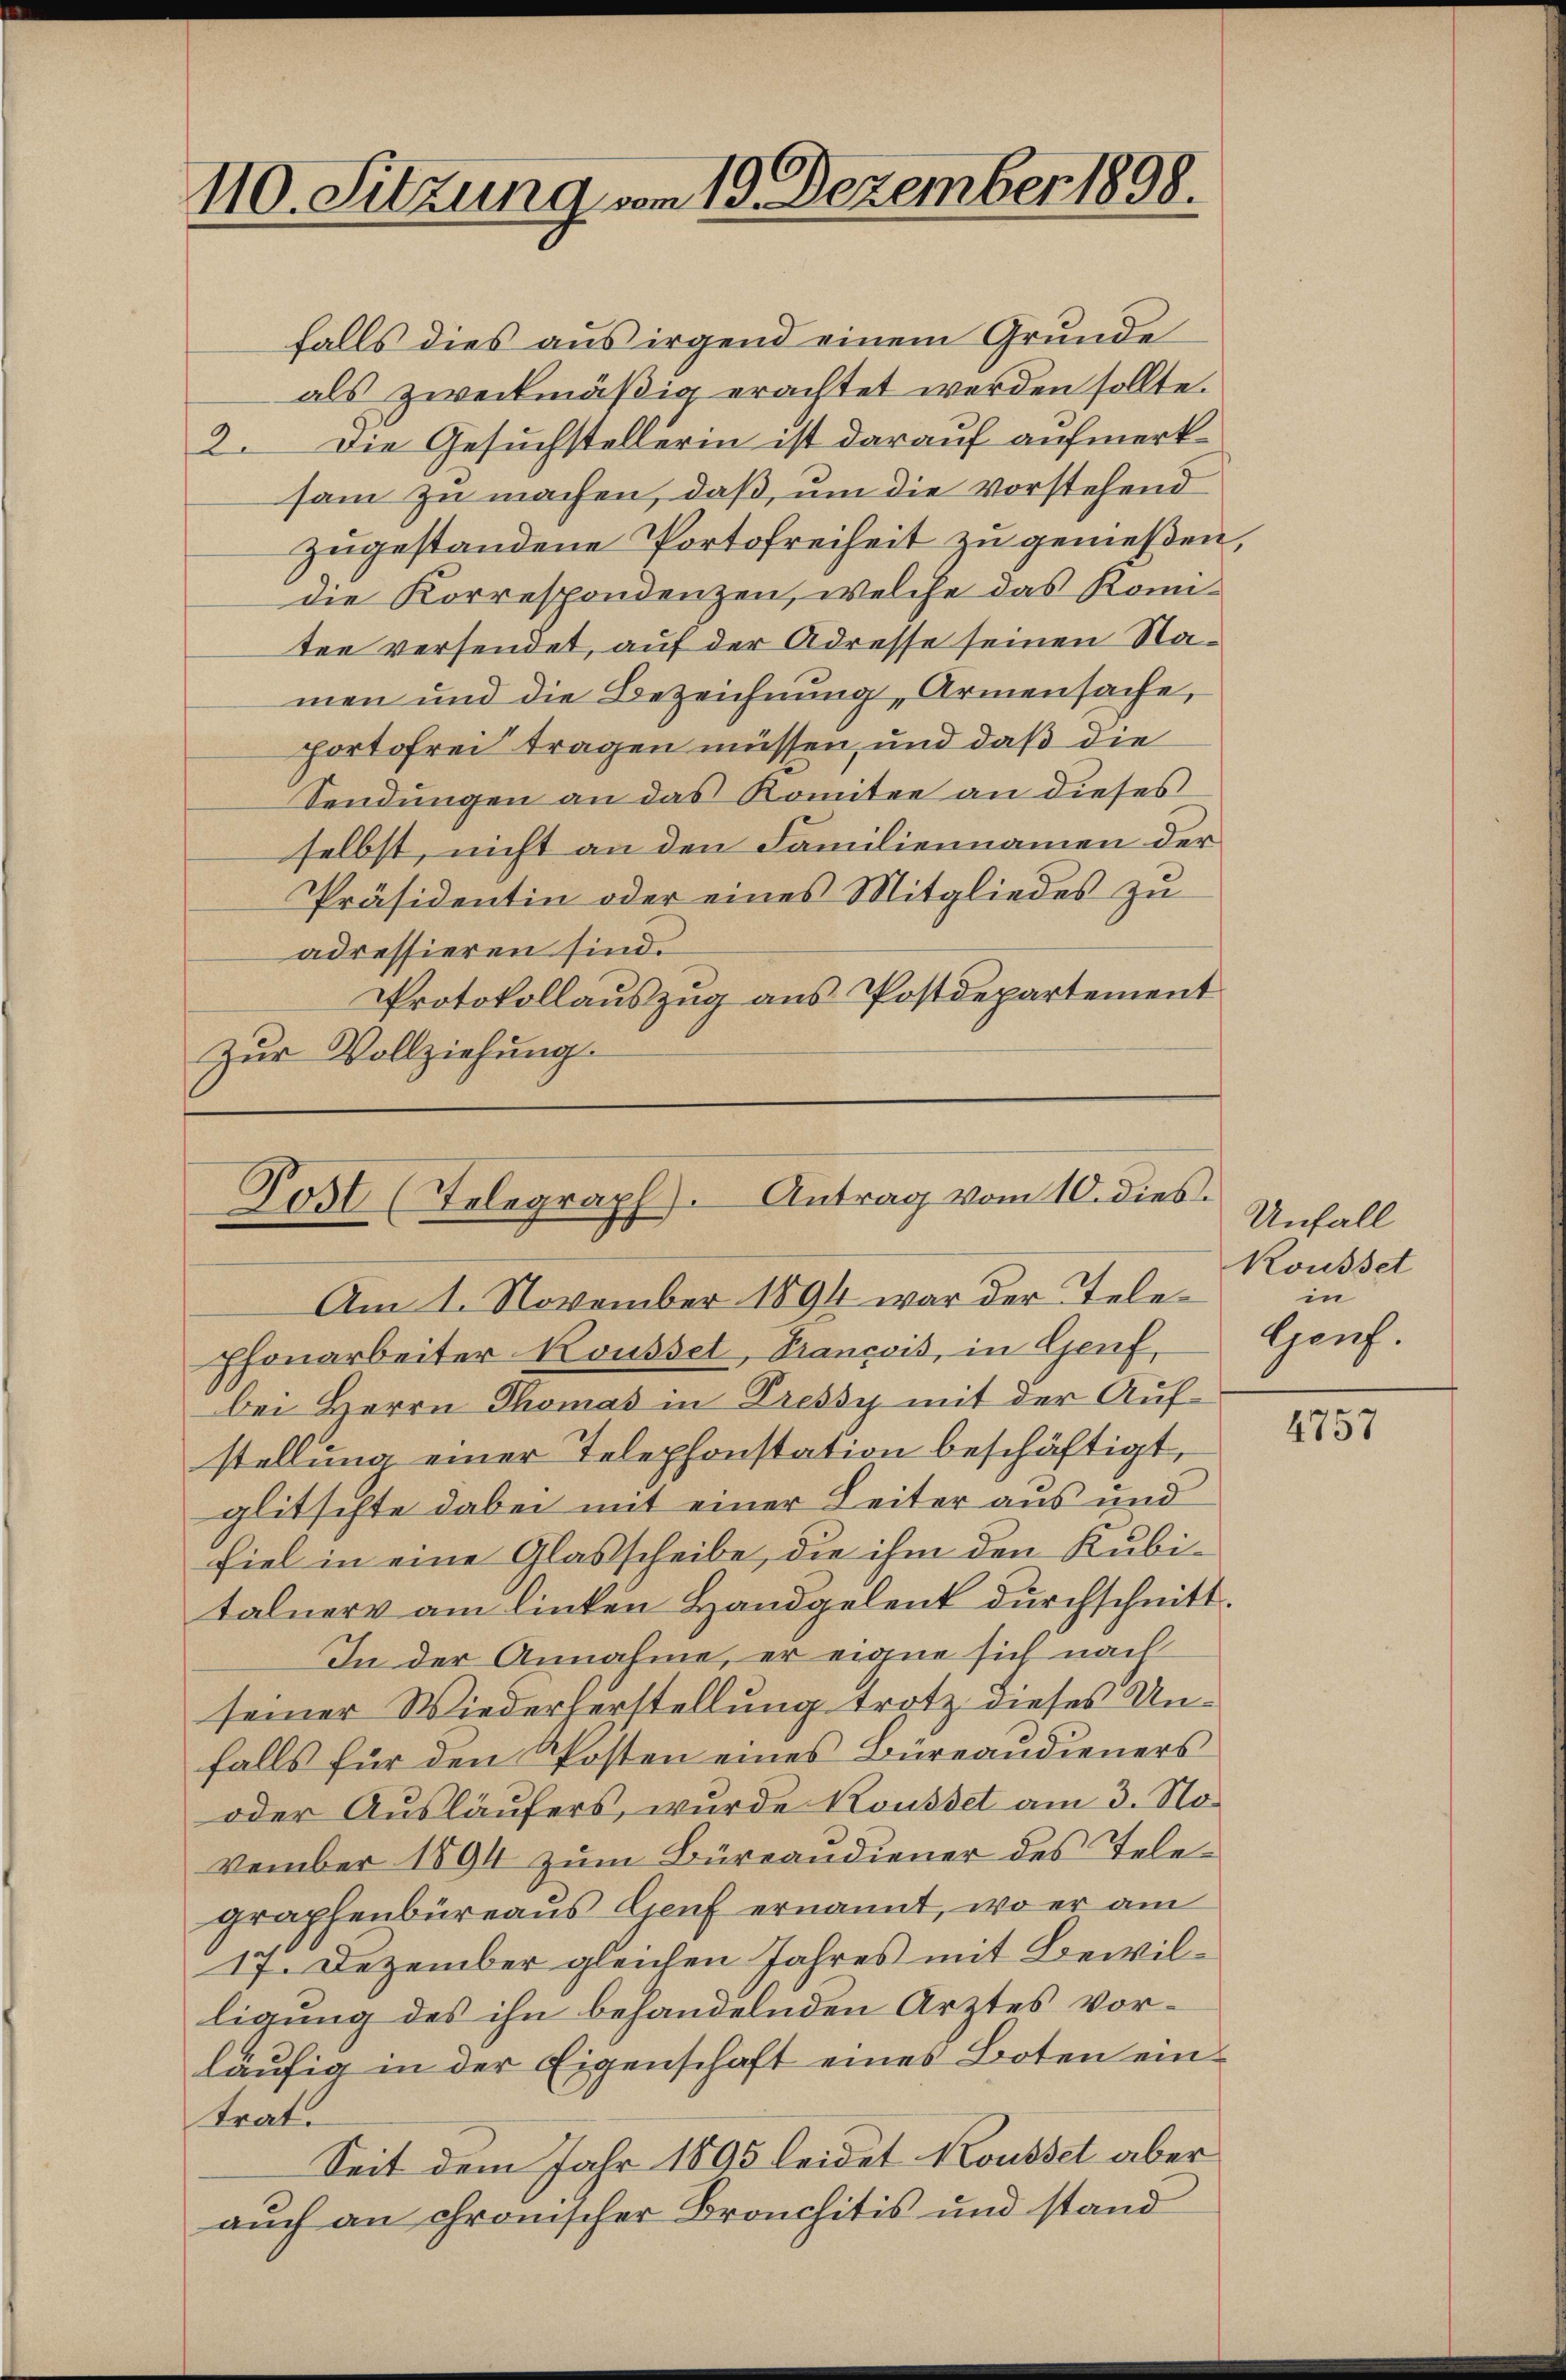
110. Sitzung vom 19. Dezember 1898.

falls dies aus irgend einem Grunde
als zweckmäßig erachtet werden sollte.
2. Die Gesuchstellerin ist darauf aufmerksam zu machen, daß, um die vorstehend
zugestandene Portofreiheit zu genießen,
die Korrespondenzen, welche das Komiten versendet, auf der Adresse seinen Namen und die Bezeichnung, Armensache,
portofrei tragen müssen, und daß die
Sendungen an das Komitee an dieses
selbst, nicht an den Familiennamen der
Präsidentin oder eines Mitgliedes zu
adressieren sind.
Protokollauszug aus Postdepartement
Zŭr Vollziehung.

Post (Telegraph). Antrag vom 10. dies

Am 1. November 1894 war der Telephonarbeiter Kousset, Prancois, in Genf,
bei Herrn Thomas in Pressy mit der Aufstellung einer Telephonstation beschäftigt,
glitschte dabei mit einer Leiter aus und
fiel in eine Glasscheibe, die ihm den Kubitalnerv am linken Handgelent durchschnitt.
In der Annahme, er eigne sich nach
seiner Wiederkerstellung trotz dieses Unfalls für den Posten eines Büreaudieners
oder Ausläufers, wurde Rousset am 3. November 1894 zum Büreandiener des Telegraphenbüreaus Genf ernannt, wo er am
17. Dezember gleichen Jahres mit Bewilligung des ihn behandelnden Arztes vorläufig in der Eigenschaft eines Boten ein¬
Straf.
Seit dem Jahr 1895 leidet Kousset aber
auch an chronischer Bronchitis und stand

Unfall
Kousset
in
Herh.

4757